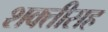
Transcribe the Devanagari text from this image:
शक्तीसह